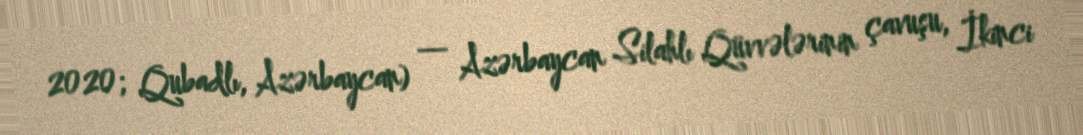
2020; Qubadlı, Azərbaycan) — Azərbaycan Silahlı Qüvvələrinin çavuşu, İkinci